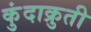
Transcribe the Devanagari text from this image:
कुंदाक्रुती